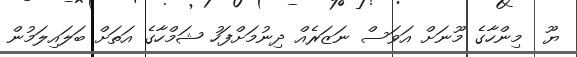
ޔޫ  މިންހާގެ މޫނަށް އަވަސް ނަޒަރެއް ދިނުމަށްފަހު ޝަމްހާގެ އަތަށް ބަލައިލަމުން